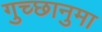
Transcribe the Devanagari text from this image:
गुच्छानुमा